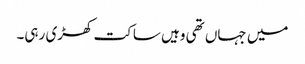
میں جہاں تھی وہیں ساکت کھڑی رہی۔